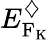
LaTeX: E_{\mathrm{F_{\mathrm{K}}}}^{\diamondsuit}